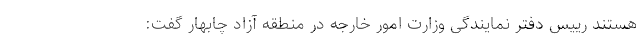
هستند رییس دفتر نمایندگی وزارت امور خارجه در منطقه آزاد چابهار گفت: